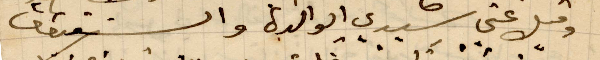
وقبل عني سيديت الوالدة والشقيقات